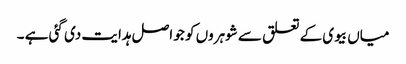
میاں بیوی کے تعلق سے شوہروں کو جو اصل ہدایت دی گئی ہے ۔